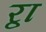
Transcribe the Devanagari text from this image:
र्‍ाृ